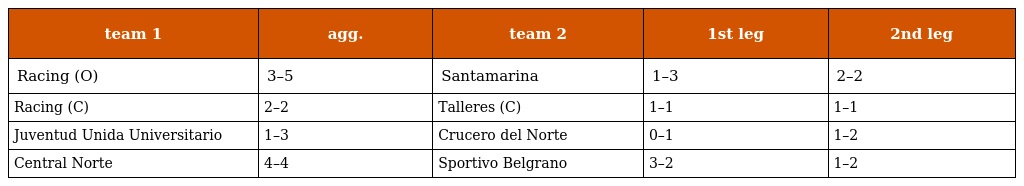
| team 1 | agg. | team 2 | 1st leg | 2nd leg |
 | --- | --- | --- | --- | --- |
 | Racing (O) | 3–5 | Santamarina | 1–3 | 2–2 |
 | Racing (C) | 2–2 | Talleres (C) | 1–1 | 1–1 |
 | Juventud Unida Universitario | 1–3 | Crucero del Norte | 0–1 | 1–2 |
 | Central Norte | 4–4 | Sportivo Belgrano | 3–2 | 1–2 |